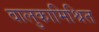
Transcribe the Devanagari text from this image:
वालुकामिश्रित